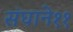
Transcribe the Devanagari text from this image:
संघाने११